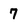
Character: 7